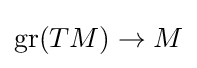
\mathrm {gr} (TM)\to M